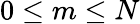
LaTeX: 0\leq m\leq N